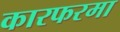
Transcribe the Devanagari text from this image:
कारफरमा